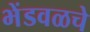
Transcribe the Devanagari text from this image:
भेंडवळचे